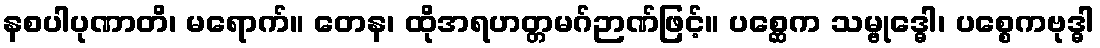
နစပါပုဏာတိ၊ မရောက်။ တေန၊ ထိုအရဟတ္တမဂ်ဉာဏ်ဖြင့်။ ပစ္ဆေက သမ္ဗုဒ္ဓေါ၊ ပစ္စေကဗုဒ္ဓါ